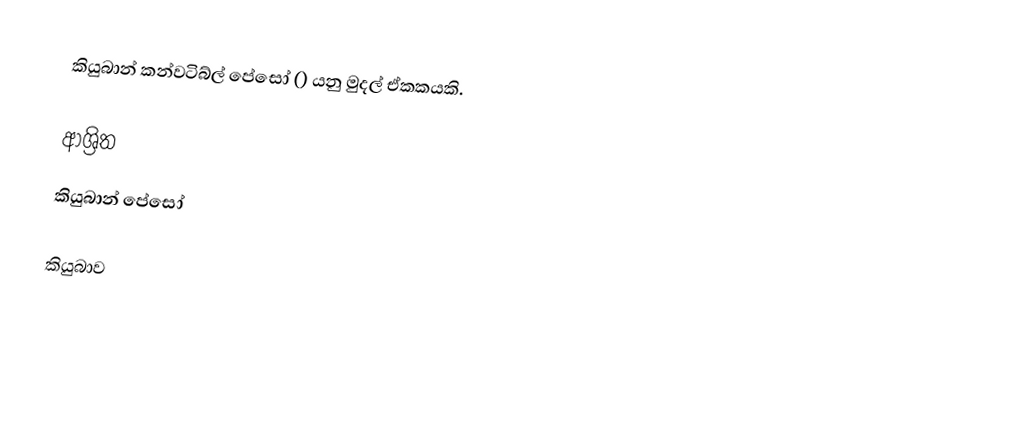
කියුබාන් කන්වටිබ්ල් පේසෝ () යනු මුදල් ඒකකයකි.

ආශ්‍රිත
 කියුබාන් පේසෝ

කියුබාව